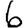
Digit: 6